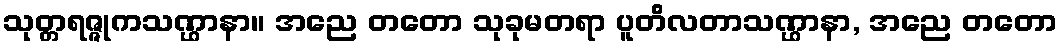
သုတ္တရဇ္ဇုကသဏ္ဌာနာ။ အညေ တတော သုခုမတရာ ပူတိလတာသဏ္ဌာနာ, အညေ တတော